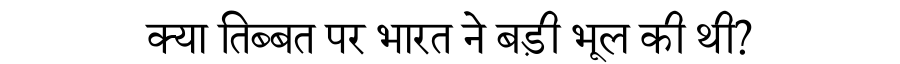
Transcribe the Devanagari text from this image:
क्या तिब्बत पर भारत ने बड़ी भूल की थी?